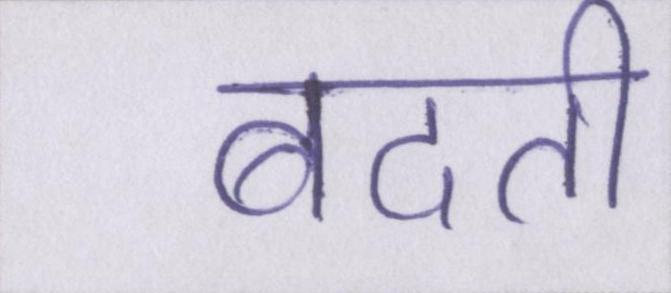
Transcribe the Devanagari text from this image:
बदती